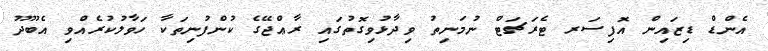
އެންޑް ޑިޒައިން އޮފިސަރ ޓެރަޗަޓް ނުމަނިތު ވިދާޅުވިގޮތުގައި ރާޢްޖޭގެ ކުންފުނިތަކާ ހަވާލުކުރެއްވި އެބޫދޫ